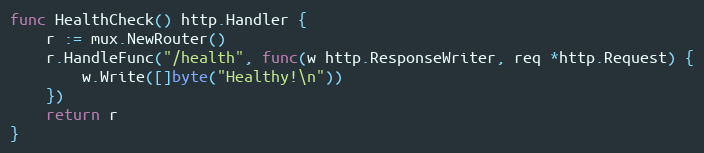
Language: Go
func HealthCheck() http.Handler {
	r := mux.NewRouter()
	r.HandleFunc("/health", func(w http.ResponseWriter, req *http.Request) {
		w.Write([]byte("Healthy!\n"))
	})
	return r
}